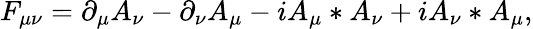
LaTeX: F_{\mu\nu}=\partial_{\mu}A_{\nu}-\partial_{\nu}A_{\mu}-iA_{\mu}\ast A_{\nu}+iA_{\nu}\ast A_{\mu},